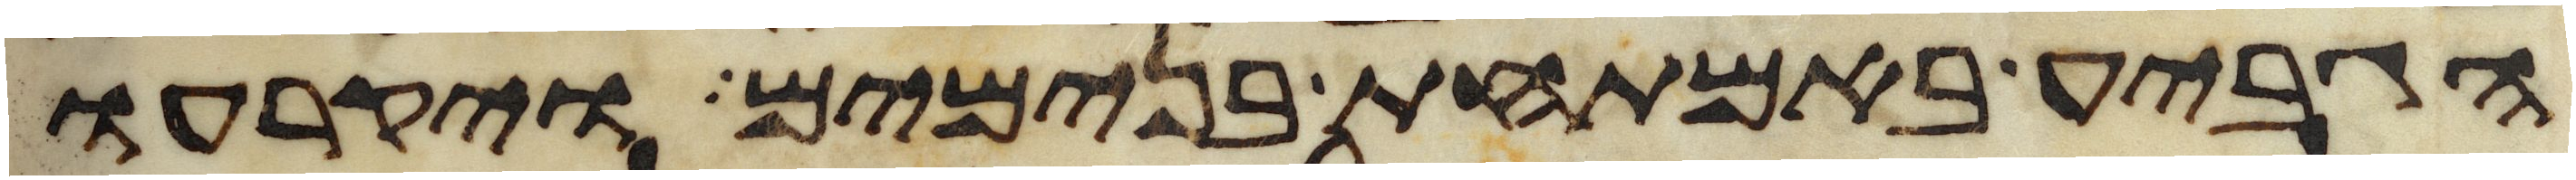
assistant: הגביע באמתחת בנימים ויקרעו